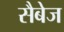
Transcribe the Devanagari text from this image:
सैबेज